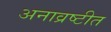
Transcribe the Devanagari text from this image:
अनाव्रष्टीत